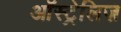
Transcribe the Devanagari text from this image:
ऑस्ट्रेलिज़